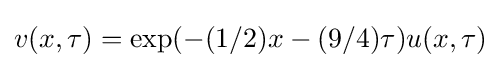
v(x,\tau )=\exp(-(1/2)x-(9/4)\tau )u(x,\tau )